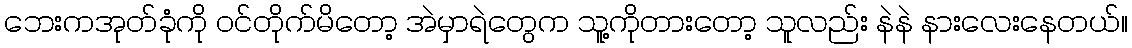
ဘေးကအုတ်ခုံကို ဝင်တိုက်မိတော့ အဲမှာရဲတွေက သူ့ကိုတားတော့ သူလည်း နဲနဲ နားလေးနေတယ်။